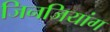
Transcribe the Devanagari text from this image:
जिनजियांग